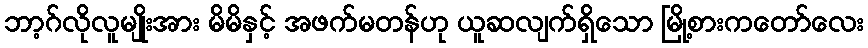
ဘာ့ဂ်လိုလူမျိုးအား မိမိနှင့် အဖက်မတန်ဟု ယူဆလျက်ရှိသော မြို့စားကတော်လေး